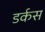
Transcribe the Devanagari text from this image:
डर्कस